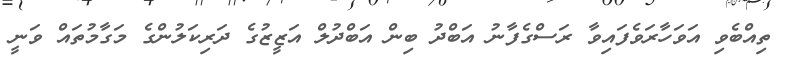
ތިއްބެވި އަވަހާރަވެފައިވާ ރަސްގެފާނު އަބްދު ބިން އަބްދުލް އަޒީޒުގެ ދަރިކަލުންގެ މަގާމުތައް ވަނީ